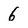
Character: 6